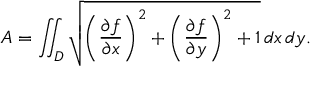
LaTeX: A = \iint _ { D } { \sqrt { \left( { \frac { \partial f } { \partial x } } \right) ^ { 2 } + \left( { \frac { \partial f } { \partial y } } \right) ^ { 2 } + 1 } } \, d x \, d y .